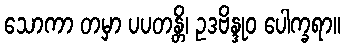
သောကာ တမှာ ပပတန္တိ၊ ဥဒဗိန္ဒုဝ ပေါက္ခရာ။